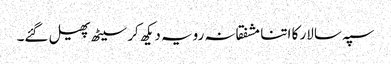
سپہ سالار کا اتنا مشفقانہ رویہ دیکھ کر سیٹھ پھیل گئے۔